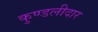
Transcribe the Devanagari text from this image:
कुण्डलीदार